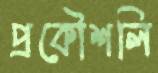
প্রকৌশলি